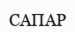
САПАР